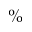
\%